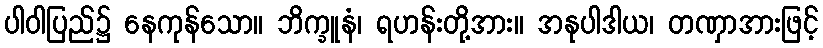
ပါဝါပြည်၌ နေကုန်သော။ ဘိက္ခူနံ၊ ရဟန်းတို့အား။ အနုပါဒါယ၊ တဏှာအားဖြင့်